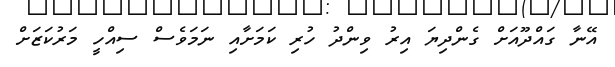
އޭނާާ ގައްދޫއަށް ގެންދިޔަ އިރު ވިންދު ހުރި ކަމަށާއި ނަމަވެސް ސިއްހީ މަރުކަޒަށް